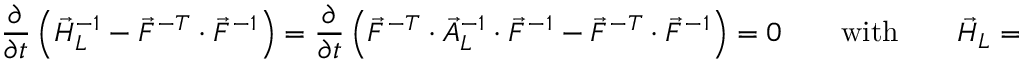
\frac { \partial } { \partial t } \left( \vec { H } _ { L } ^ { - 1 } - \vec { F } ^ { - T } \cdot \vec { F } ^ { - 1 } \right) = \frac { \partial } { \partial t } \left( \vec { F } ^ { - T } \cdot \vec { A } _ { L } ^ { - 1 } \cdot \vec { F } ^ { - 1 } - \vec { F } ^ { - T } \cdot \vec { F } ^ { - 1 } \right) = \boldsymbol { 0 } \qquad \mathrm { w i t h } \qquad \vec { H } _ { L } = \vec { F } \cdot \vec { A } _ { L } \cdot \vec { F } ^ { T } .